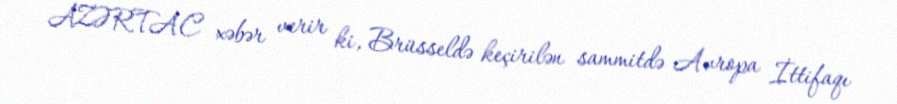
AZƏRTAC xəbər verir ki, Brüsseldə keçirilən sammitdə Avropa İttifaqı